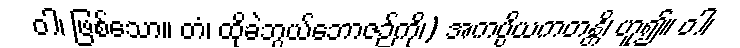
ဝါ၊ ဖြစ်သော။ တံ၊ ထိုခဲဘွယ်ဘောဇဉ်ကို၊) အကပ္ပိယကတန္တိ၊ ဟူ၍။ ဝါ၊